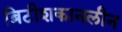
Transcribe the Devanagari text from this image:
ब्रिटीशकानलीन